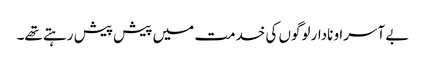
بے آسرا و نادار لوگوں کی خدمت میں پیش پیش رہتے تھے۔